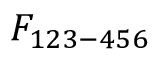
F _ { 1 2 3 - 4 5 6 }